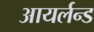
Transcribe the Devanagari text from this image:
आयर्लन्ड